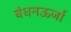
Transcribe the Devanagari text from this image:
बंधनऊर्जा